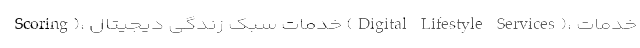
Scoring)، خدمات سبک زندگی دیجیتال (Digital Lifestyle Services)، خدمات